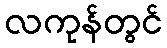
လကုန်တွင်